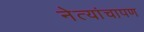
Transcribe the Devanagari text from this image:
नेत्यांचापण